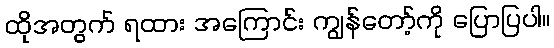
ထိုအတွက် ရထား အကြောင်း ကျွန်တော့်ကို ပြောပြပါ။